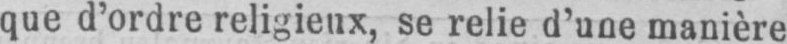
que d’ordre religieux, se relie d’une manière